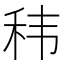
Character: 𮵠